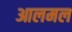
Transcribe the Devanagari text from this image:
आलमल